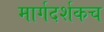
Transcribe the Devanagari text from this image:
मार्गदर्शकच